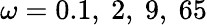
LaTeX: \omega=0.1,~2,~9,~65